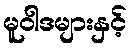
မူဝါဒများနှင့်